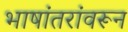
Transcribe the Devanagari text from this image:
भाषांतरांवरून